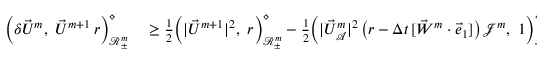
\begin{array} { r l } { \Bigl ( \delta \vec { U } ^ { m } , ~ \vec { U } ^ { m + 1 } \, r \Bigr ) _ { \mathscr { R } _ { \pm } ^ { m } } ^ { \diamond } } & { { } \geq \frac { 1 } { 2 } \Bigl ( | \vec { U } ^ { m + 1 } | ^ { 2 } , ~ r \Bigr ) _ { \mathscr { R } _ { \pm } ^ { m } } ^ { \diamond } - \frac { 1 } { 2 } \Bigl ( | \vec { U } _ { \mathcal { A } } ^ { m } | ^ { 2 } \, \bigl ( r - \Delta t \, [ \vec { W } ^ { m } \cdot \vec { e } _ { 1 } ] \bigr ) \, \mathcal { J } ^ { m } , ~ 1 \Bigr ) _ { \mathscr { R } _ { \pm } ^ { m } } ^ { \diamond } } \end{array}